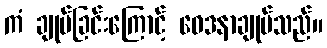
ကံ ချုပ်ခြင်းကြောင့် ဝေဒနာချုပ်သည်။